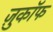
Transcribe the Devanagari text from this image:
ज़ुकाॅफ